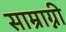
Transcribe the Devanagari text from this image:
साम्राग्नी